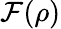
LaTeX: \mathcal{F}(\rho)